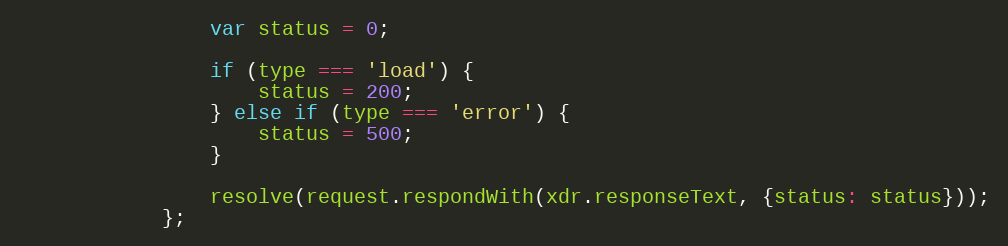
Language: JavaScript
                var status = 0;

                if (type === 'load') {
                    status = 200;
                } else if (type === 'error') {
                    status = 500;
                }

                resolve(request.respondWith(xdr.responseText, {status: status}));
            };